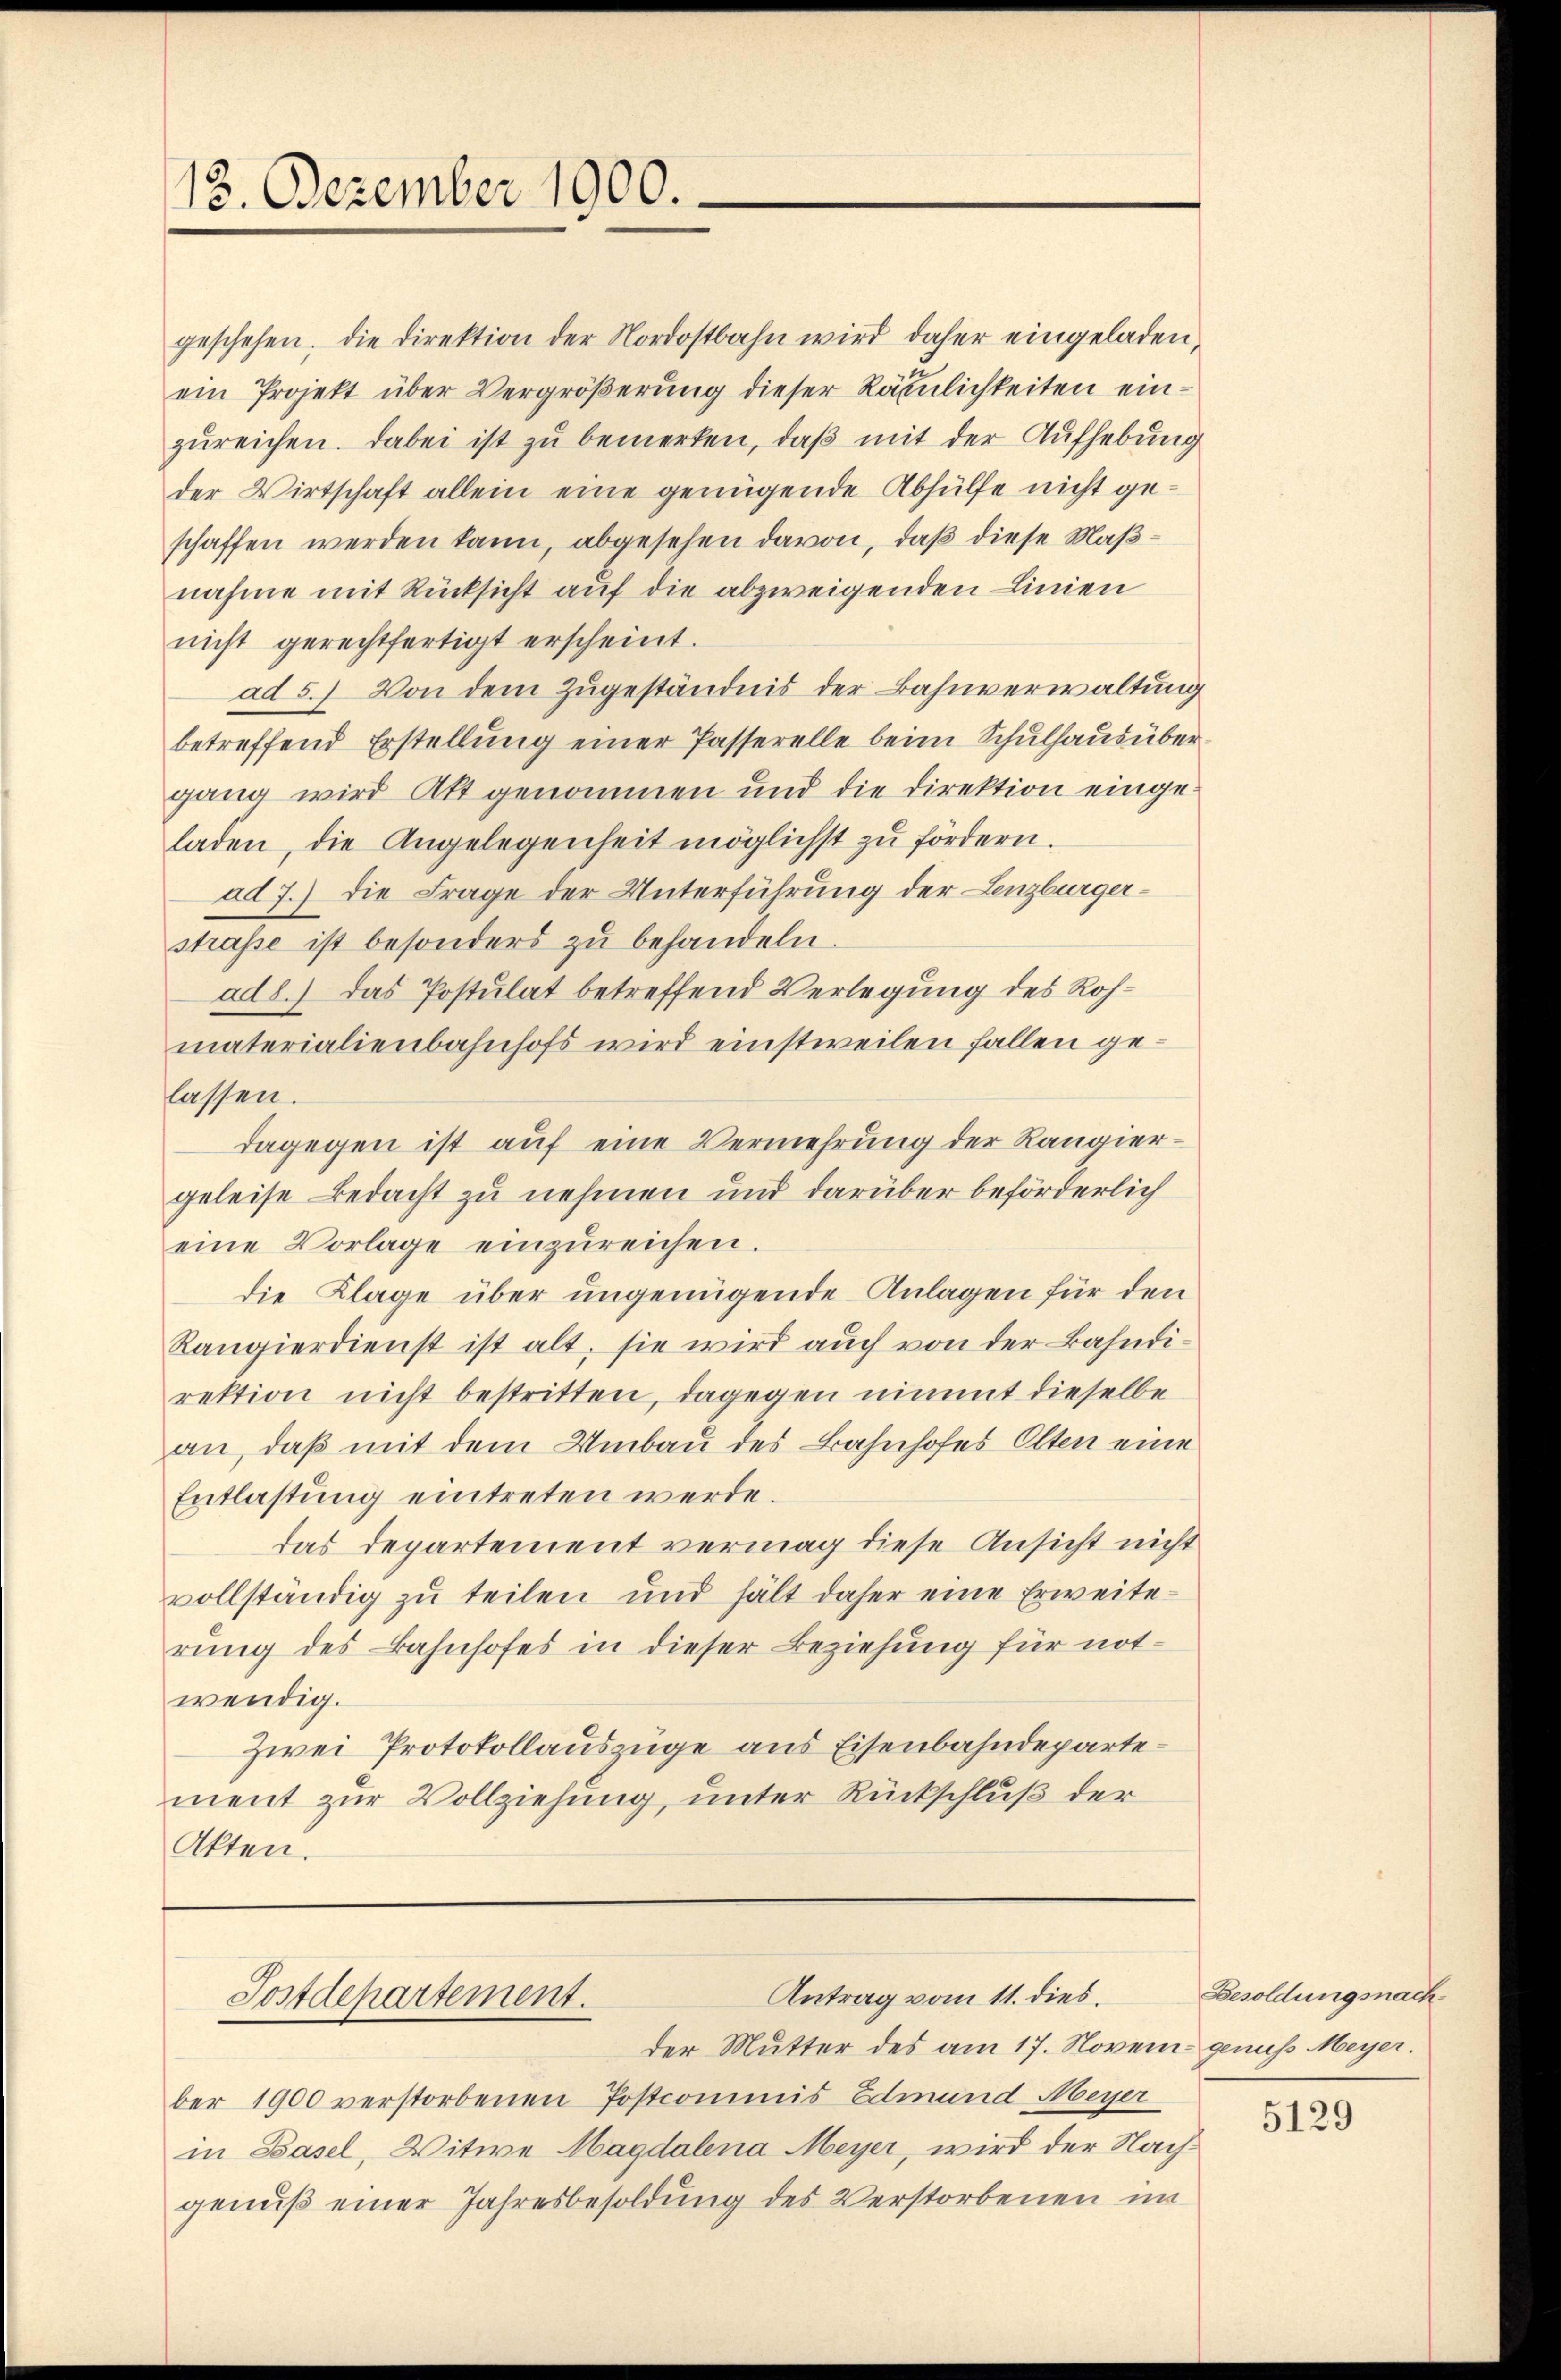
12. Dezember 1900.

geschehen, die Direktion der Nordostbahn wird daher eingeladen,
ein Projekt über Vergrößerung dieser Rämlichkeiten einzŭreichen. Dabei ist zu bemerken, daß mit der Aufhebung
der Wirtschaft allein eine genügende Abhülfe nicht geschaffen werden kann, abgesehen davon, daß diese Maßnahme mit Rücksicht auf die abzweigenden Linien
nicht gerechtfertigt erscheint.
ad 5.) Von dem Zugeständnis der Bahnverwaltung
betreffend Erstellung einer Passerelle beim Schulhaus übergang wird Akt genommen und die Direktion eingeladen, die Angelegenheit möglichst zu fördern.
ad 7.) Die Frage der Unterführung der Lenzburgerstrasse ist besonders zŭ behandeln.
ad8.) Das Postulat betreffend Verlegung des Rohmaterialienbahnhofs wird einstweilen fallen gelassen.
dagegen ist auf eine Vermehrung der Rangiergeleise Bedacht zu nehmen und darüber beförderlich
eine Vorlage einzŭreichen.
die Klage über ungenügende Anlagen für den
Rangierdienst ist alt, sie wird auch von der Bahndirektion nicht bestritten, dagegen nimmt dieselbe
an, daß mit dem Umbau des Bahnhofes Olten eine
Entlastung eintreten werde.
das Departement vermag diese Ansicht nicht
vollständig zu teilen und hält daher eine Erweiterung des Bahnhofes in dieser Beziehung für not-
wendig.
Zwei Protokollauszüge aus Eisenbahndepartement zur Vollziehung, unter Rückschluß der
Akten.

Antrag vom 11. dies.
Postdepartement.

der Mutter des am 17. Novem genuß Meyer.
ber 1900 verstorbenen Postcommis Edmund Meyer
in Basel, Witwe Magdalena Meyer, wird der Nachgenuß einer Jahresbesoldung des Verstorbenen im

Besoldungsnach¬
5129